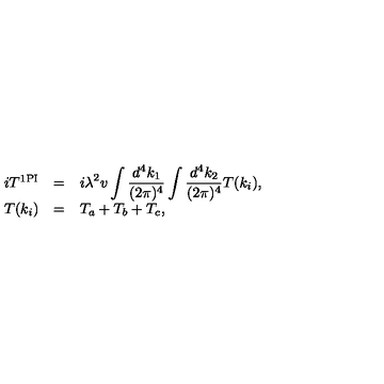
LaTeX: \begin{array} { r c l } { i T ^ { \mathrm { 1 P I } } } & { = } & { \displaystyle i \lambda ^ { 2 } v \int \frac { d ^ { 4 } k _ { 1 } } { ( 2 \pi ) ^ { 4 } } \int \frac { d ^ { 4 } k _ { 2 } } { ( 2 \pi ) ^ { 4 } } T ( k _ { i } ) , } \\ { T ( k _ { i } ) } & { = } & { \displaystyle T _ { a } + T _ { b } + T _ { c } , } \\ \end{array}